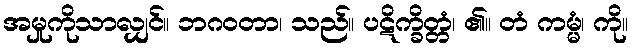
အမှုကိုသာလျှင်။ ဘဂဝတာ၊ သည်။ ပဋိက္ခိတ္တံ၊ ၏။ တံ ကမ္မံ၊ ကို။